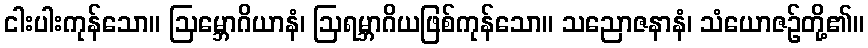
ငါးပါးကုန်သော။ ဩမ္ဘောဂိယာနံ၊ ဩရမ္ဘာဂိယဖြစ်ကုန်သော။ သညောဇနာနံ၊ သံယောဇဉ်တို့၏။